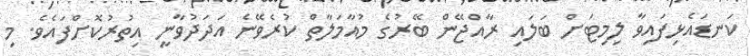
ކަނޑައެޅިފައިވާ ލިމިޓަށް ބަލައި ރާއްޖޭން ބޭރުގެ މުއާމަލާތް ކުރެވޭނެ އަދަދުވާނީ އިތުރުކޮށްފައެވެ. މި